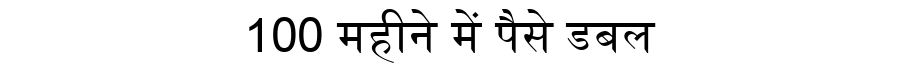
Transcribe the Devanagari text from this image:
100 महीने में पैसे डबल